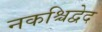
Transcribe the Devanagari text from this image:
नकश्चिद्वेद